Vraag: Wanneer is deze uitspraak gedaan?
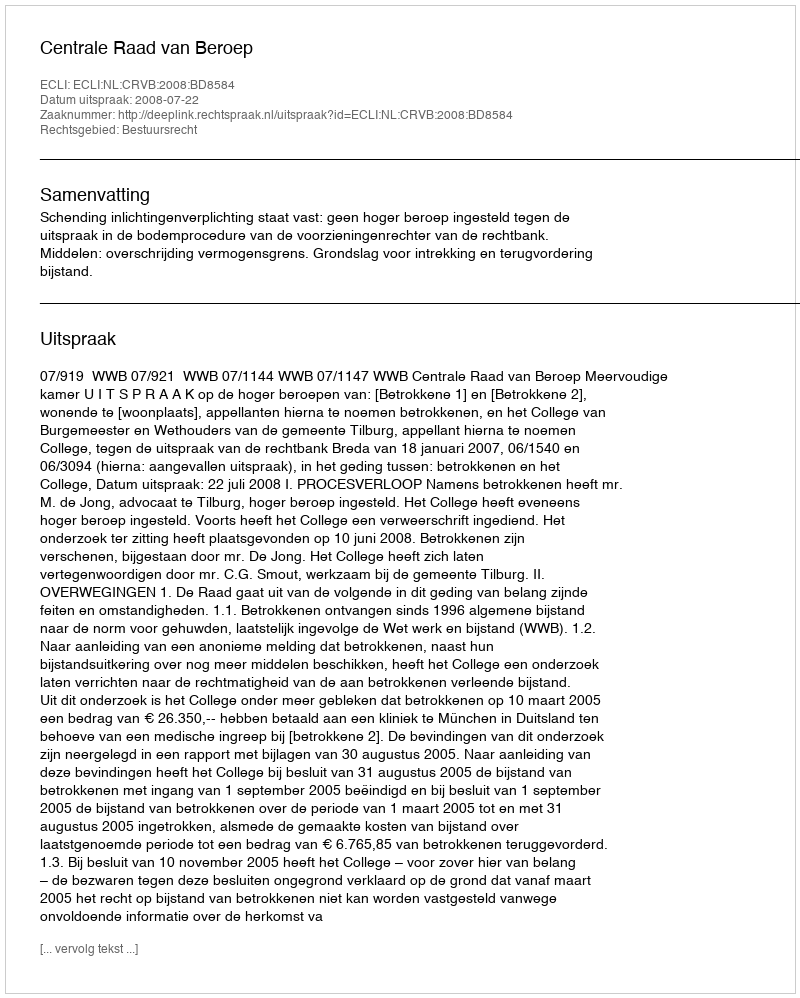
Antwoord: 2008-07-22